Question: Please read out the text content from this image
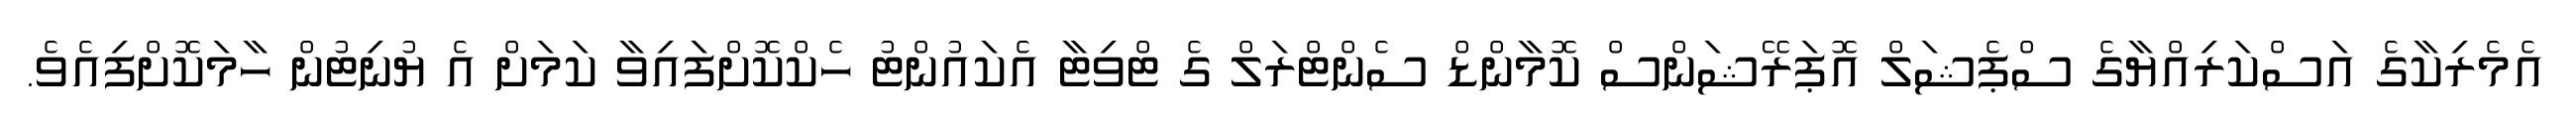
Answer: އެމެރިކާގެ އަސްކަރިއްޔާގެ ސްޕެޝަލް އޮޕަރޭޝަންސް ކޮމާންޑް ސެންޓްރަލް ގެ ޓްވިޓާ އެކައުންޓު ހެކްކޮށްފައިވާ ކަމަށް އެ ޔުނިޓުން ހާމަކޮށްފިއެވެ.